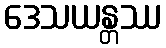
ဒေသယန္တဿ